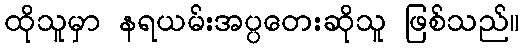
ထိုသူမှာ နရယမ်းအပ္ပတေးဆိုသူ ဖြစ်သည်။